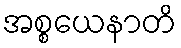
အစ္စယေနာတိ